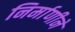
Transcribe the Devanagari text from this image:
निर्माणीने